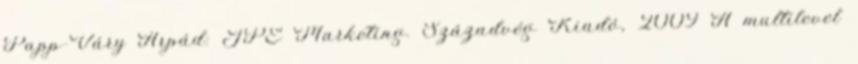
Papp-Váry Árpád: JPÉ Marketing. Századvég Kiadó, 2009 A multilevel